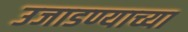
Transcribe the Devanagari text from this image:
उजाडण्याच्या